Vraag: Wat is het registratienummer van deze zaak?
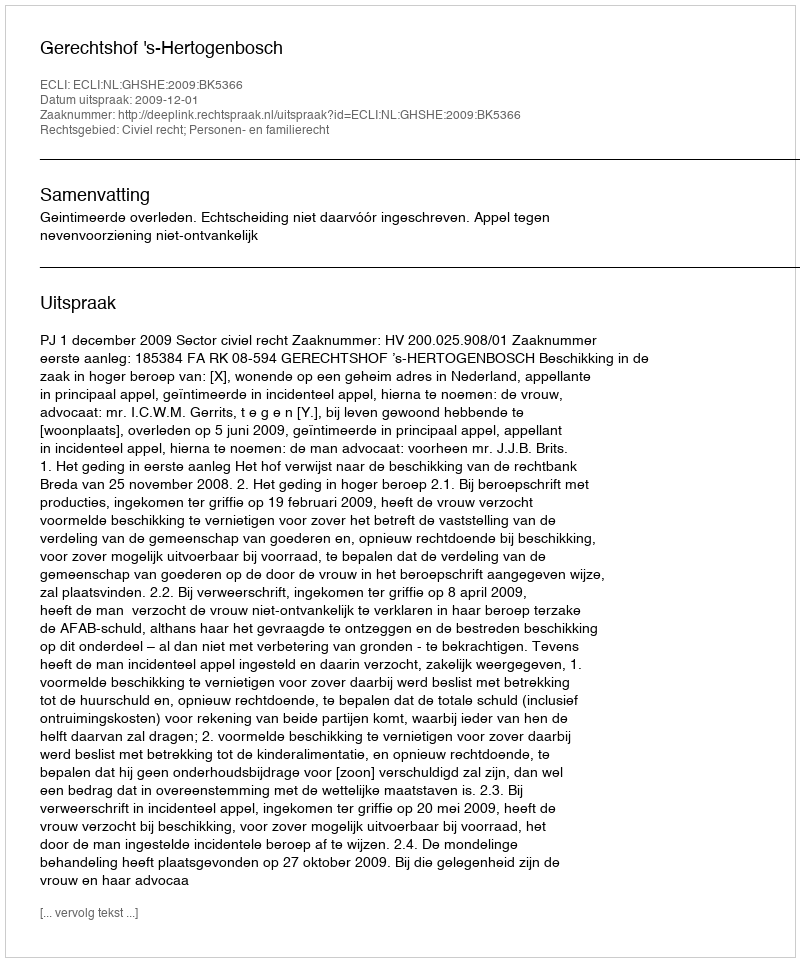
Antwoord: http://deeplink.rechtspraak.nl/uitspraak?id=ECLI:NL:GHSHE:2009:BK5366